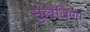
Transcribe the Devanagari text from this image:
मुल्लतिणा